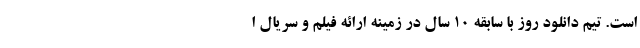
است. تیم دانلود روز با سابقه 10 سال در زمینه ارائه فیلم و سریال ا